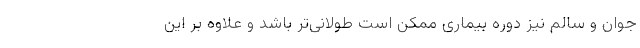
جوان و سالم نیز دوره بیماری ممکن است طولانی‌تر باشد و علاوه بر این